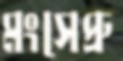
মংসেপ্রু